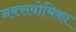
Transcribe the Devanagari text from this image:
नक्सवोमिका